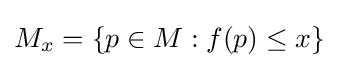
M_{x}=\{p\in M:f(p)\leq x\}\